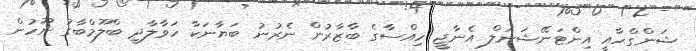
ޝަންގްހާއީ އިންޓަނޭޝަނަލް އެނާޖީ ހިއްސާގެ ބާޒާރުން ނެރުނު ބަޔާނަކާ ހަވާލާދީ ބްލޫމްބާގު ނޫހުން